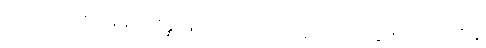
အပိုင်းအပိုင်းအားဖြင့်။ ဆိန္နံ၊ ဖြတ်သည်ရှိသော်။ မရဏံ၊ သေခြင်းသည်။ သုခံ နု၊